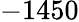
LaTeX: -1450